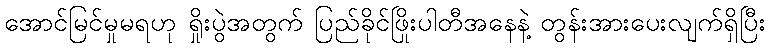
အောင်မြင်မှုမရဟု ရှိုးပွဲအတွက် ပြည်ခိုင်ဖြိုးပါတီအနေနဲ့ တွန်းအားပေးလျက်ရှိပြီး